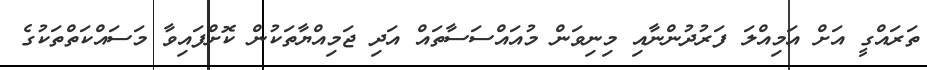
ތަރައްގީ އަށް އަމިއްލަ ފަރުދުންނާއި މިނިވަން މުއައްސަސާތައް އަދި ޖަމިއްޔާތަކުން ކޮށްފައިވާ މަސައްކަތްތަކުގެ